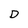
Character: D